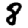
Digit: 8